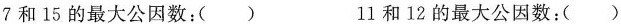
7和15的最大公因数：() 11和12的最大公因数：()